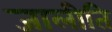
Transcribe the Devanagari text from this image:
जालीति